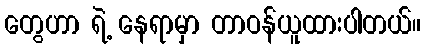
တွေဟာ ရဲ့ နေရာမှာ တာဝန်ယူထားပါတယ်။